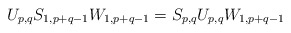
\begin{align*}U_{p,q}S_{1,p+q-1}W_{1,p+q-1}=S_{p,q}U_{p,q}W_{1,p+q-1}\end{align*}